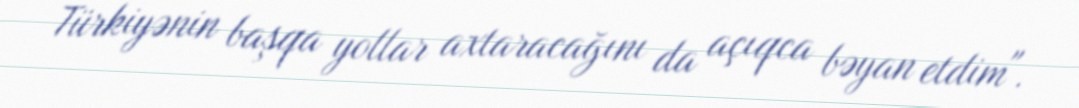
Türkiyənin başqa yollar axtaracağını da açıqca bəyan etdim".